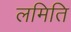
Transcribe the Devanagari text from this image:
लमिति